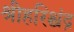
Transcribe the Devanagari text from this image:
श्रीहरिश्चंद्र